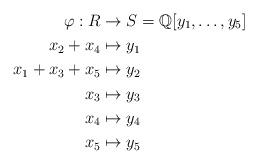
LaTeX: \begin{align*}\varphi: R & \to S=\mathbb{Q}[y_1,\dots,y_5] \\x_2+x_4 & \mapsto y_1 \\x_1+x_3+x_5 &\mapsto y_2 \\x_3 &\mapsto y_3 \\x_4 &\mapsto y_4 \\x_5 &\mapsto y_5\end{align*}